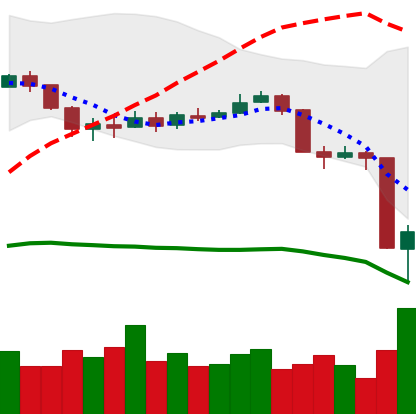
Ticker: BNB-USD
Chart end date: 2020-03-13
Forward return: -6.59%
Label: down_5_7